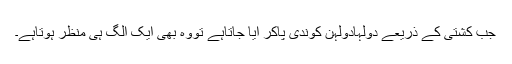
جب کشتی کے ذریعے دولہادولہن کوندی پاکر ایا جاتاہے تووہ بھی ایک الگ ہی منظر ہوتاہے۔